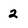
Character: 2